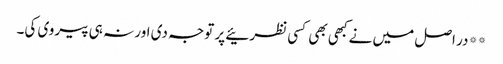
**در اصل میں نے کبھی بھی کسی نظرئیے پر توجہ دی اور نہ ہی پیروی کی۔